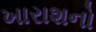
ખારાશનો